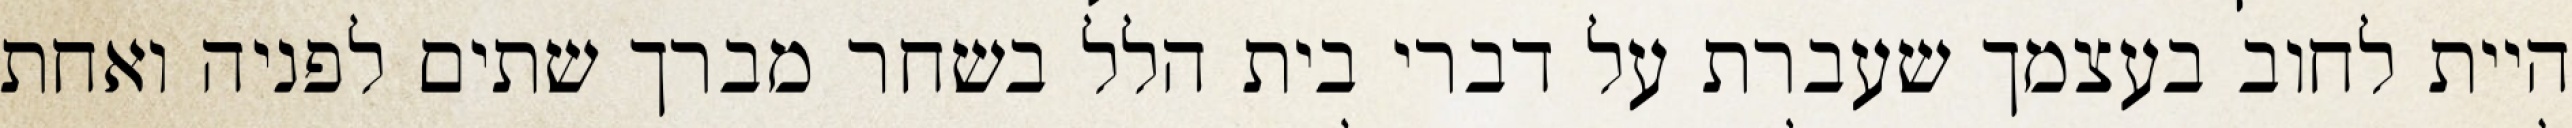
היית לחוב בעצמך שעברת על דברי בית הלל בשחר מברך שתים לפניה ואחת